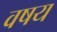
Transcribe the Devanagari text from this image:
वषय